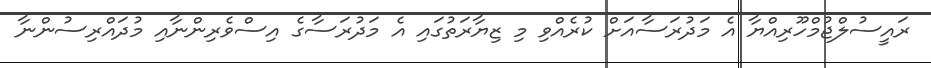
ރައީސުލްޖުމްހޫރިއްޔާ އެ މަދުރަސާއަށް ކުރެއްވި މި ޒިޔާރަތުގައި އެ މަދުރަސާގެ އިސްވެރިންނާއި މުދައްރިސުންނާ